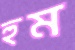
হুম